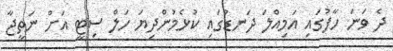
ދެ ވަނަ ހާފުގައި އަމިއްލަ ދަނޑުގައި ކުޅެމުންދިޔަ ހަލް ސިޓީ އަށް ނަތީޖާ